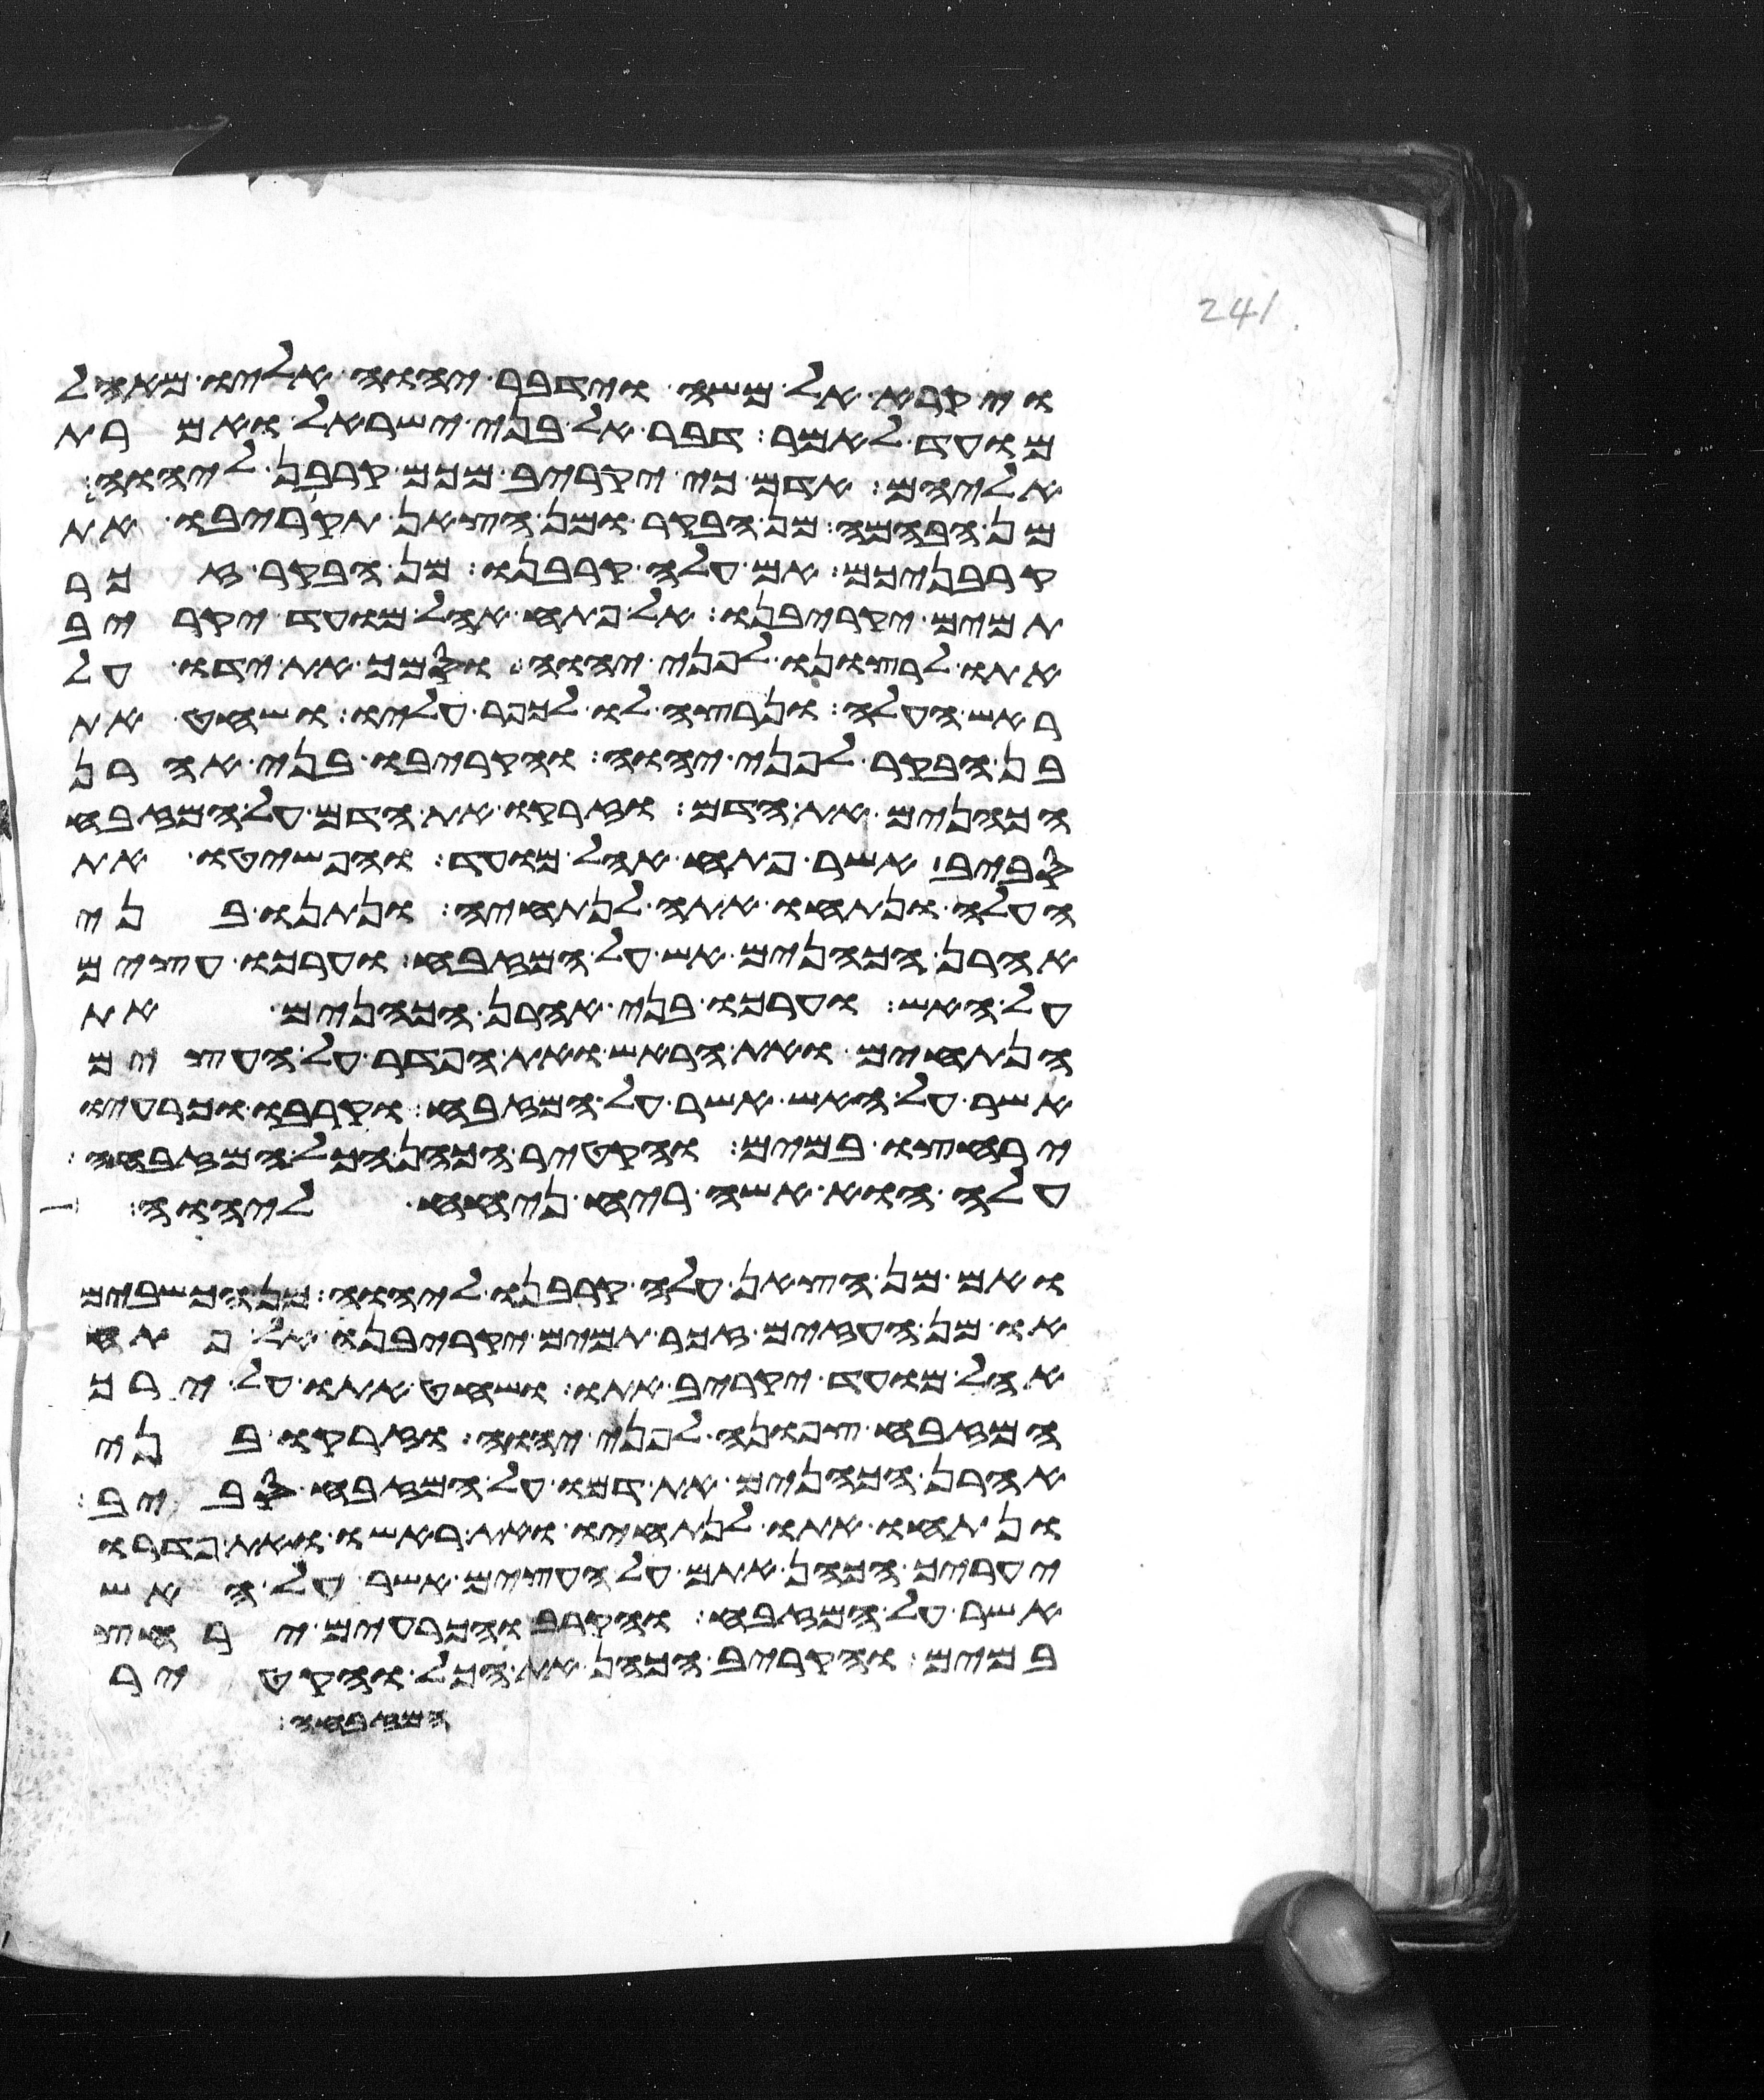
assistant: ויקרא אל משה וידבר יהוה אליו מאהל
מועד לאמר דבר אל בני ישראל ואמרת
אליהם אדם כי יקריב מכם קרבן ליהוה
מן הבהמה מן הבקר או מן הצאן תקריבו את
קרבניכם אם עלה קרבנו מן הבקר זכר
תמים יקריבנו אל פתח אהל מועד יקריב
אתו לרצונו לפני יהוה וסמך את ידו על
ראש העלה ונרצה לו לכפר עליו ושחט את
בן הבקר לפני יהוה והקריבו בני אהרן
הכהנים את הדם וזרקו את הדם על המזבח
סביב אשר פתח אהל מועד והפשיטו את
העלה ונתחו אתה לנתחיה ונתנו בני
אהרן הכהנים אש על המזבח וערכו עצים
על האש וערכו בני אהרן הכהנים את
הנתחים ואת הראש ואת הפדר על העצים
אשר על האש אשר על המזבח וקרבו וכרעיו
ירחצו במים והקטיר הכהן הכל המזבחה
עלה הוא אשה ריח ניחח ליהוה
ואם מן הצאן עלה קרבנו ליהוה מן הכשבים
או מן העזים זכר תמים יקריבנו אל פתח
אהל מועד יקריב אתו ושחט אתו על ירך
המזבח צפונה לפני יהוה וזרקו בני
אהרן הכהנים את דמו על המזבח סביב
ונתחו אתו לנתחיו ואת ראשו ואת פדרו
יעריך הכהן אתם על העצים אשר על האש
אשר על המזבח והקרב והכרעים ירחץ
במים והקריב הכהן את הכל והקטיר
המזבחה